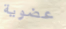
عضوية